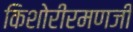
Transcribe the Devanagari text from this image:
किशोरीरमणजी